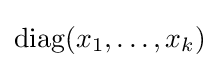
\mathrm {diag} (x_{1},\ldots ,x_{k})